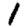
Digit: 1